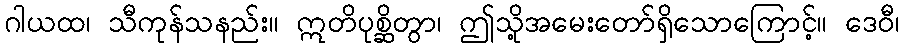
ဂါယထ၊ သီကုန်သနည်း။ ဣတိပုစ္ဆိတွာ၊ ဤသို့အမေးတော်ရှိသောကြောင့်။ ဒေဝီ၊